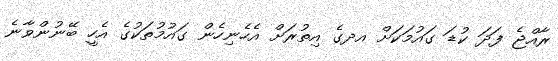
ރާއްޖެ ފަދަ ކުޑަ ގައުމަކަށް އދގެ އިތުރަށް އެހެނިހެން ގައުމުތަކުގެ އެހީ ބޭނުންވާނެ